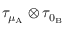
\tau _ { \mu _ { \mathrm { A } } } \otimes \tau _ { 0 _ { \mathrm { B } } }